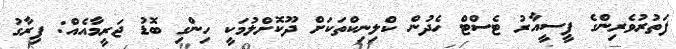
ފަތުރުވެރިންގެ ޕީސީއާރު ޓެސްޓް ހެދުން ކްލިނިކްތަކަށް ދޫކޮށްލުމަކީ ހިންގި ބޮޑު ޖަރީމާއެއް: ފިރާގު